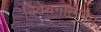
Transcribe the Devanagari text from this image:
विवेचनात्मक।